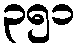
၃၅၁